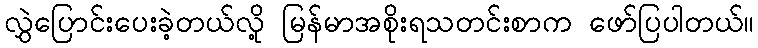
လွှဲပြောင်းပေးခဲ့တယ်လို့ မြန်မာအစိုးရသတင်းစာက ဖော်ပြပါတယ်။